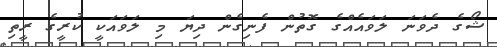
ޝޯގެ ދެވަނަ ލަވައެއްގެ ގޮތުން ފެނިގެން ދިޔަ މި ލަވައަކީ ކުރީގެ ރީތި